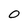
Character: O